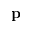
\mathbf { p }